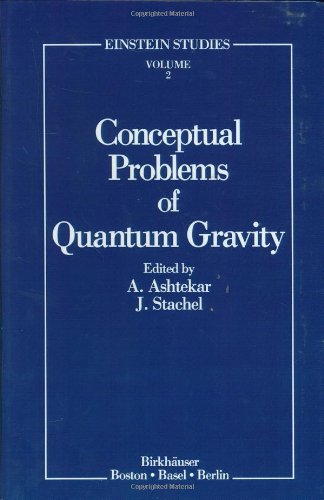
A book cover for Conceptual Problems of Quantum Gravity (Einstein Studies); Science & Math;